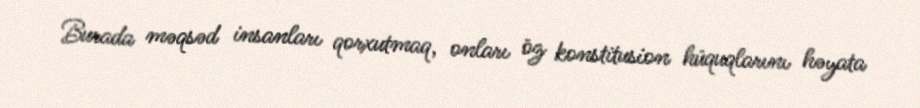
Burada məqsəd insanları qorxutmaq, onları öz konstitusion hüquqlarını həyata